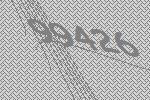
99426